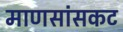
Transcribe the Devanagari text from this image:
माणसांसकट